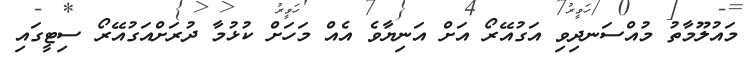
މައުލޫމާތު މުއްސަނދިވި އަގުއޭރޯ އަށް އަނިޔާވެ އެއް މަހަށް ކުޅުމާ ދުރަށްއަގުއޭރޯ ސިޓީގައި